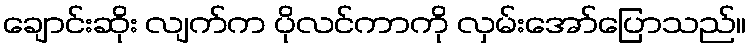
ချောင်းဆိုး လျက်က ပိုလင်ကာကို လှမ်းအော်ပြောသည်။